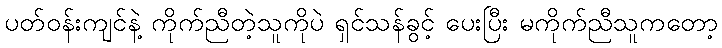
ပတ်ဝန်းကျင်နဲ့ ကိုက်ညီတဲ့သူကိုပဲ ရှင်သန်ခွင့် ပေးပြီး မကိုက်ညီသူကတော့